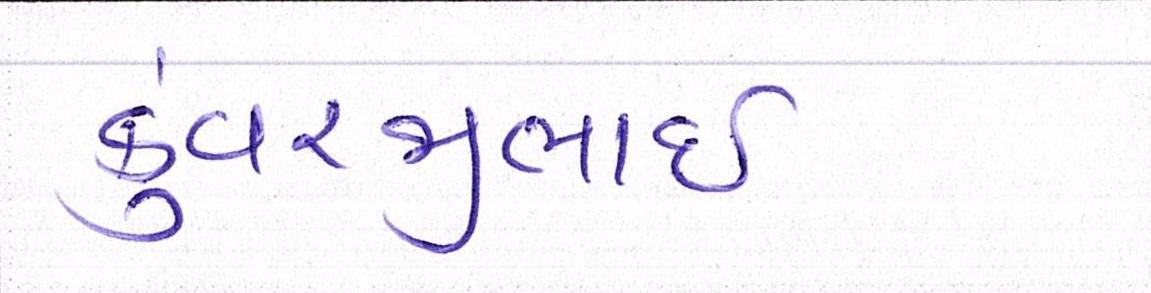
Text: કુંવરજીભાઈ